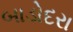
બાડોદરા